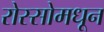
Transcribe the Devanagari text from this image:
रोस्सोमधून